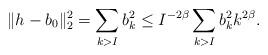
LaTeX: \begin{align*}\|h-b_0\|_2^2 & = \sum_{k > I} b^2_k \le I^{-2\beta}\sum_{k >I} b^2_kk^{2\beta}. \end{align*}